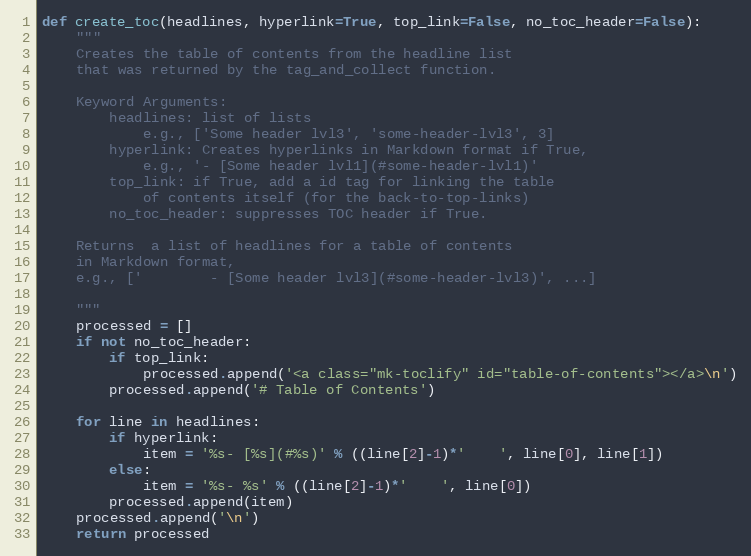
Language: Python
def create_toc(headlines, hyperlink=True, top_link=False, no_toc_header=False):
    """
    Creates the table of contents from the headline list
    that was returned by the tag_and_collect function.

    Keyword Arguments:
        headlines: list of lists
            e.g., ['Some header lvl3', 'some-header-lvl3', 3]
        hyperlink: Creates hyperlinks in Markdown format if True,
            e.g., '- [Some header lvl1](#some-header-lvl1)'
        top_link: if True, add a id tag for linking the table
            of contents itself (for the back-to-top-links)
        no_toc_header: suppresses TOC header if True.

    Returns  a list of headlines for a table of contents
    in Markdown format,
    e.g., ['        - [Some header lvl3](#some-header-lvl3)', ...]

    """
    processed = []
    if not no_toc_header:
        if top_link:
            processed.append('<a class="mk-toclify" id="table-of-contents"></a>\n')
        processed.append('# Table of Contents')

    for line in headlines:
        if hyperlink:
            item = '%s- [%s](#%s)' % ((line[2]-1)*'    ', line[0], line[1])
        else:
            item = '%s- %s' % ((line[2]-1)*'    ', line[0])
        processed.append(item)
    processed.append('\n')
    return processed